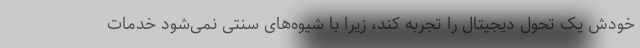
خودش یک تحول دیجیتال را تجربه کند، زیرا با شیوه‌های سنتی نمی‌شود خدمات